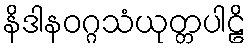
နိဒါနဝဂ္ဂသံယုတ္တပါဠိ